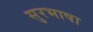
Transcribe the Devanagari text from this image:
सुरभाषा